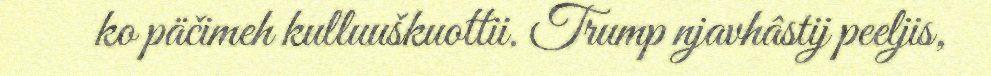
ko päčimeh kulluuškuottii. Trump njavhâstij peeljis,